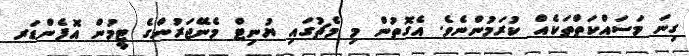
ގިނަ މަސައްކަތްތަކެއް ކުރަމުންނެވެ. އެގޮތުން މި މެޗުގައި ޔުނިޓް މެނޭޖަރުންގެ ޓީމުން އޮފެންޑަރ